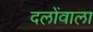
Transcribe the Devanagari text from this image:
दलोंवाला